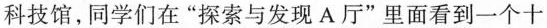
科技馆，同学们在”探索与发现A厅”里面看到一个十